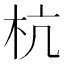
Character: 杭